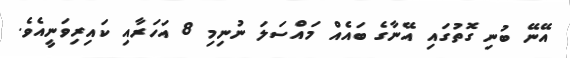
އޭނޭ ބުނި ގޮތުގައި އޭނާގެ ބައެއް މައްސަލަ ނުނިމި 8 އަހަރާއި ކައިރިވަނީއެވެ.